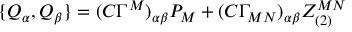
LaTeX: \{ Q _ { \alpha } , Q _ { \beta } \} = ( C \Gamma ^ { M } ) _ { \alpha \beta } P _ { M } + ( C \Gamma _ { M N } ) _ { \alpha \beta } Z _ { ( 2 ) } ^ { M N }